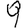
Digit: 9